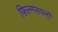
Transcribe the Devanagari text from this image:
फ़िल्मसपनों